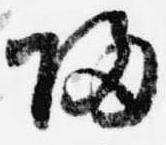
帰